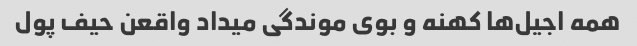
همه اجیل‌ها کهنه و بوی موندگی میداد واقعن حیف پول